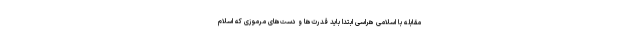
مقابله با اسلامی هراسی ابتدا باید قدرت‌ها و دست‌های مرموزی که اسلام